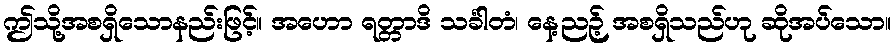
ဤသို့အစရှိသောနည်းဖြင့်။ အဟော ရတ္တာဒိ သင်္ခါတံ၊ နေ့ညဉ့် အစရှိသည်ဟု ဆိုအပ်သော။